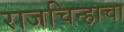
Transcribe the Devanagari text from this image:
राजचिन्हाचा